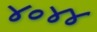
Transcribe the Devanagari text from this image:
४०४४